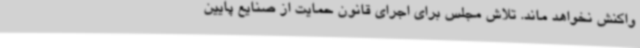
واکنش نخواهد ماند. تلاش مجلس برای اجرای قانون حمایت از صنایع پایین